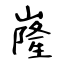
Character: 嶐